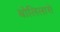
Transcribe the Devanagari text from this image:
बोलिलासे